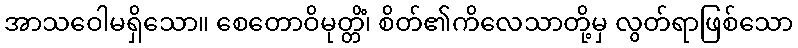
အာသဝေါမရှိသော။ စေတောဝိမုတ္တိံ၊ စိတ်၏ကိလေသာတို့မှ လွတ်ရာဖြစ်သော